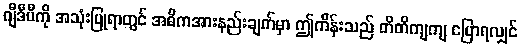
ဂျီဒီပီကို အသုံးပြုရာတွင် အဓိကအားနည်းချက်မှာ ဤကိန်းသည် တိတိကျကျ ပြောရလျှင်